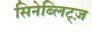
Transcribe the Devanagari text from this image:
सिनेब्लिट्ज़